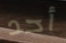
أحد